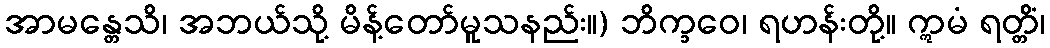
အာမန္တေသိ၊ အဘယ်သို့ မိန့်တော်မူသနည်း။) ဘိက္ခဝေ၊ ရဟန်းတို့။ ဣမံ ရတ္တိံ၊